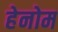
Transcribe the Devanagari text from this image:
हेनोम